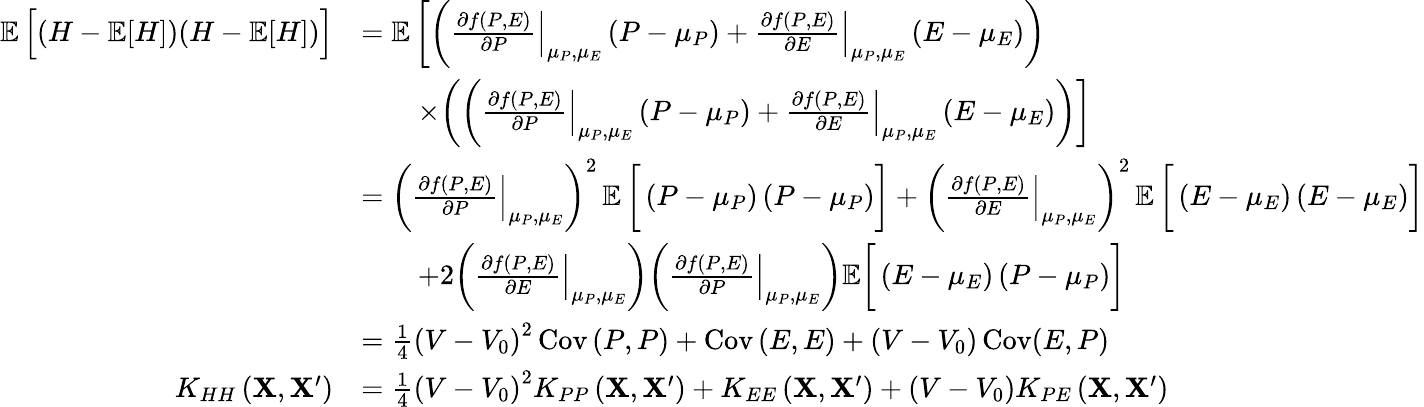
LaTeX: \begin{array}{rl}{\mathop{\mathbb{E}}\Big[(H-\mathop{\mathbb{E}}[H])(H-\mathop{\mathbb{E}}[H])\Big]}&{=\mathop{\mathbb{E}}\bigg[\bigg(\left.\frac{\partial f\left(P,E\right)}{\partial P}\right|_{\mu_{P},\mu_{E}}\left(P-\mu_{P}\right)+\left.\frac{\partial f\left(P,E\right)}{\partial E}\right|_{\mu_{P},\mu_{E}}\left(E-\mu_{E}\right)\bigg)}\\ &{\qquad\times\bigg(\bigg(\left.\frac{\partial f\left(P,E\right)}{\partial P}\right|_{\mu_{P},\mu_{E}}\left(P-\mu_{P}\right)+\left.\frac{\partial f\left(P,E\right)}{\partial E}\right|_{\mu_{P},\mu_{E}}\left(E-\mu_{E}\right)\bigg)\bigg]}\\ &{=\bigg(\left.\frac{\partial f\left(P,E\right)}{\partial P}\right|_{\mu_{P},\mu_{E}}\bigg)^{2}\mathop{\mathbb{E}}\bigg[\left(P-\mu_{P}\right)\left(P-\mu_{P}\right)\bigg]+\bigg(\left.\frac{\partial f\left(P,E\right)}{\partial E}\right|_{\mu_{P},\mu_{E}}\bigg)^{2}\mathop{\mathbb{E}}\bigg[\left(E-\mu_{E}\right)\left(E-\mu_{E}\right)\bigg]}\\ &{\qquad+2\bigg(\left.\frac{\partial f\left(P,E\right)}{\partial E}\right|_{\mu_{P},\mu_{E}}\bigg)\bigg(\left.\frac{\partial f\left(P,E\right)}{\partial P}\right|_{\mu_{P},\mu_{E}}\bigg)\mathbb{E}\bigg[\left(E-\mu_{E}\right)\left(P-\mu_{P}\right)\bigg]}\\ &{=\frac{1}{4}\left(V-V_{0}\right)^{2}\operatorname{Cov}\left(P,P\right)+\operatorname{Cov}\left(E,E\right)+(V-V_{0})\operatorname{Cov}(E,P)}\\ {K_{HH}\left(\mathbf{X},\mathbf{X}^{\prime}\right)}&{=\frac{1}{4}\left(V-V_{0}\right)^{2}K_{PP}\left(\mathbf{X},\mathbf{X}^{\prime}\right)+K_{EE}\left(\mathbf{X},\mathbf{X}^{\prime}\right)+(V-V_{0})K_{PE}\left(\mathbf{X},\mathbf{X}^{\prime}\right)}\end{array}